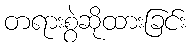
တရားစွဲဆိုထားခြင်း